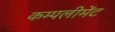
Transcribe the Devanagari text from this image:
कम्पलीमेंट